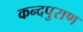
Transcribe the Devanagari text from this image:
कन्दपुराण